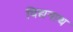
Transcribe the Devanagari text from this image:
विद्यनाथ